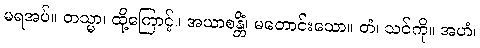
မရအပ်။ တသ္မာ၊ ထို့ကြောင့်။ အယာစန္တိံ၊ မတောင်းသော။ တံ၊ သင်ကို။ အဟံ၊